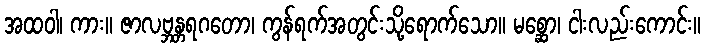
အထဝါ၊ ကား။ ဇာလဗ္ဘန္တရဂတော၊ ကွန်ရက်အတွင်းသို့ရောက်သော။ မစ္ဆော၊ ငါးလည်းကောင်း။